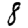
Digit: 8